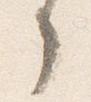
了